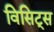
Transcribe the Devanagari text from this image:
विसिट्स